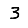
Digit: 3